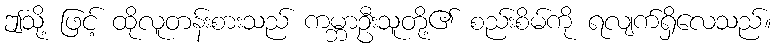
ဤသို့ ဖြင့် ထိုလူတန်းစားသည် ကမ္ဘာဦးသူတို့၏ စည်းစိမ်ကို ရလျက်ရှိလေသည်။